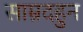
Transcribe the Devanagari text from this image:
साम्रदहुन